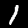
Label: 1